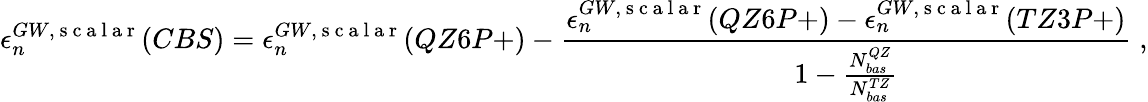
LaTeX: \epsilon_{n}^{GW,\mathrm{~s~c~a~l~a~r~}}(CBS)=\epsilon_{n}^{GW,\mathrm{~s~c~a~l~a~r~}}(QZ6P+)-\frac{\epsilon_{n}^{GW,\mathrm{~s~c~a~l~a~r~}}(QZ6P+)-\epsilon_{n}^{GW,\mathrm{~s~c~a~l~a~r~}}(TZ3P+)}{1-\frac{N_{bas}^{QZ}}{N_{bas}^{TZ}}}\; ,